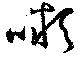
顰